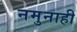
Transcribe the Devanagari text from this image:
नमुनाही